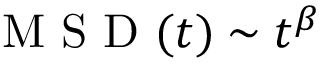
\mathrm { ~ M ~ S ~ D ~ } ( t ) \sim t ^ { \beta }